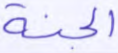
الجنة